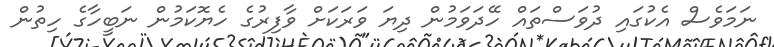
ނަމަވެސް އެކުގައި ދުވަސްތައް ހޭދަވަމުން ދިޔަ ވަރަކަށް ވާފިރުގެ ހެޔޮކަމުން ނަބީހާގެ ހިތުން